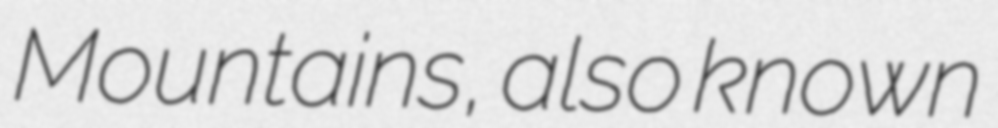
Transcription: Mountains, also known